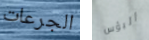
الجرعات البؤس